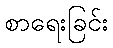
စာရေးခြင်း